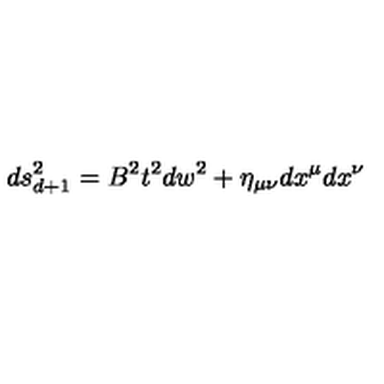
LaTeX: d s _ { d + 1 } ^ { 2 } = B ^ { 2 } t ^ { 2 } d w ^ { 2 } + \eta _ { \mu \nu } d x ^ { \mu } d x ^ { \nu }